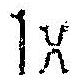
1X